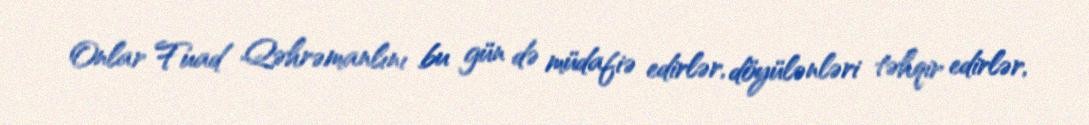
Onlar Fuad Qəhrəmanlını bu gün də müdafiə edirlər, döyülənləri təhqir edirlər,